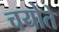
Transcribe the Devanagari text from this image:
चयोते